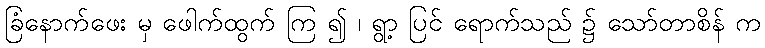
ခြံနောက်ဖေး မှ ဖေါက်ထွက် ကြ ၍ ၊ ရွာ့ ပြင် ရောက်သည် ၌ သော်တာစိန် က